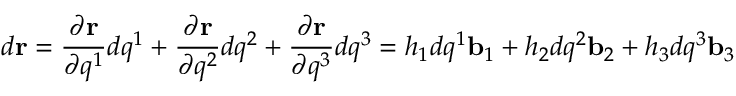
d \mathbf { r } = { \frac { \partial \mathbf { r } } { \partial q ^ { 1 } } } d q ^ { 1 } + { \frac { \partial \mathbf { r } } { \partial q ^ { 2 } } } d q ^ { 2 } + { \frac { \partial \mathbf { r } } { \partial q ^ { 3 } } } d q ^ { 3 } = h _ { 1 } d q ^ { 1 } \mathbf { b } _ { 1 } + h _ { 2 } d q ^ { 2 } \mathbf { b } _ { 2 } + h _ { 3 } d q ^ { 3 } \mathbf { b } _ { 3 }